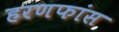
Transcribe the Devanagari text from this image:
हरणफांस